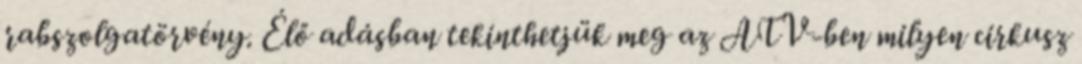
rabszolgatörvény. Élő adásban tekinthetjük meg az ATV-ben milyen cirkusz